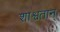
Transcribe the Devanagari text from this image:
शाश्वतान्